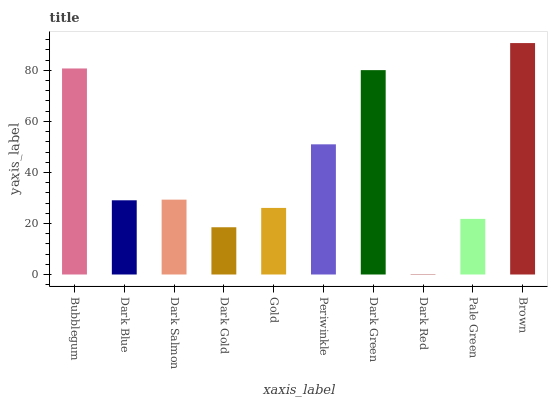
| xaxis_label | bars |
 | --- | --- |
 | Bubblegum | 80.7 |
 | Dark Blue | 29.1 |
 | Dark Salmon | 29.3 |
 | Dark Gold | 18.5 |
 | Gold | 26.1 |
 | Periwinkle | 51 |
 | Dark Green | 80.1 |
 | Dark Red | 0.116 |
 | Pale Green | 21.8 |
 | Brown | 90.7 |